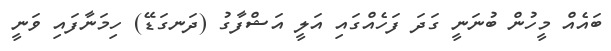
ބައެއް މީހުން ބުނަނީ ގަދަ ފަހެއްގައި އަލީ އަޝްފާގު (ދަނގަޑޭ) ހިމަނާފައި ވަނީ